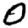
Digit: 0